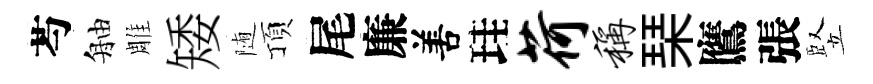
芍舳雕矮随頂尾廉𠵊珪荷称琹鷹張竪